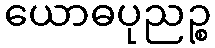
ယောဓပုညဉ္စ